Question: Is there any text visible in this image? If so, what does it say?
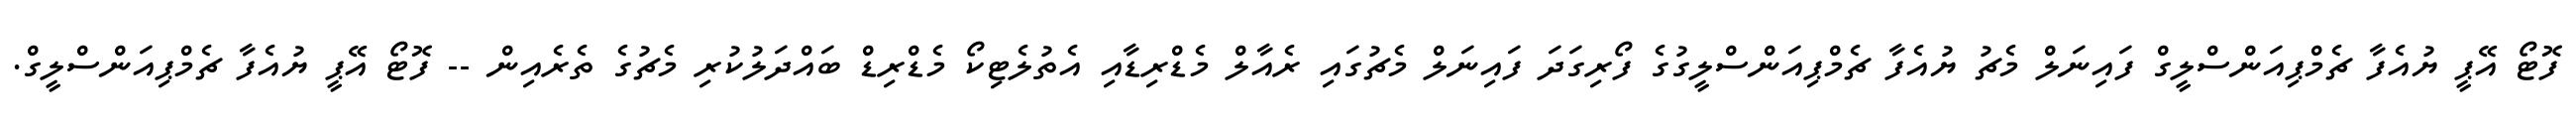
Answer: ފޮޓޯ އޭޕީ ޔުއެފާ ޗެމްޕިއަންސްލީގް ފައިނަލް މެޗު ޔުއެފާ ޗެމްޕިއަންސްލީގުގެ ފޯރިގަދަ ފައިނަލް މެޗުގައި ރެއާލް މެޑްރިޑާއި އެތުލެޓިކޯ މެޑްރިޑް ބައްދަލުކުރި މެޗުގެ ތެރެއިން -- ފޮޓޯ އޭޕީ ޔުއެފާ ޗެމްޕިއަންސްލީގް.